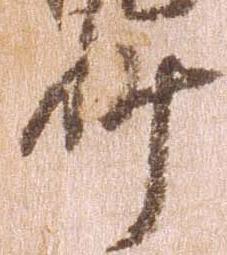
抄